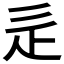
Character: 辵